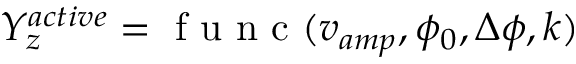
Y _ { z } ^ { a c t i v e } = \mathrm { ~ f ~ u ~ n ~ c ~ } ( v _ { a m p } , \phi _ { 0 } , \Delta \phi , k )